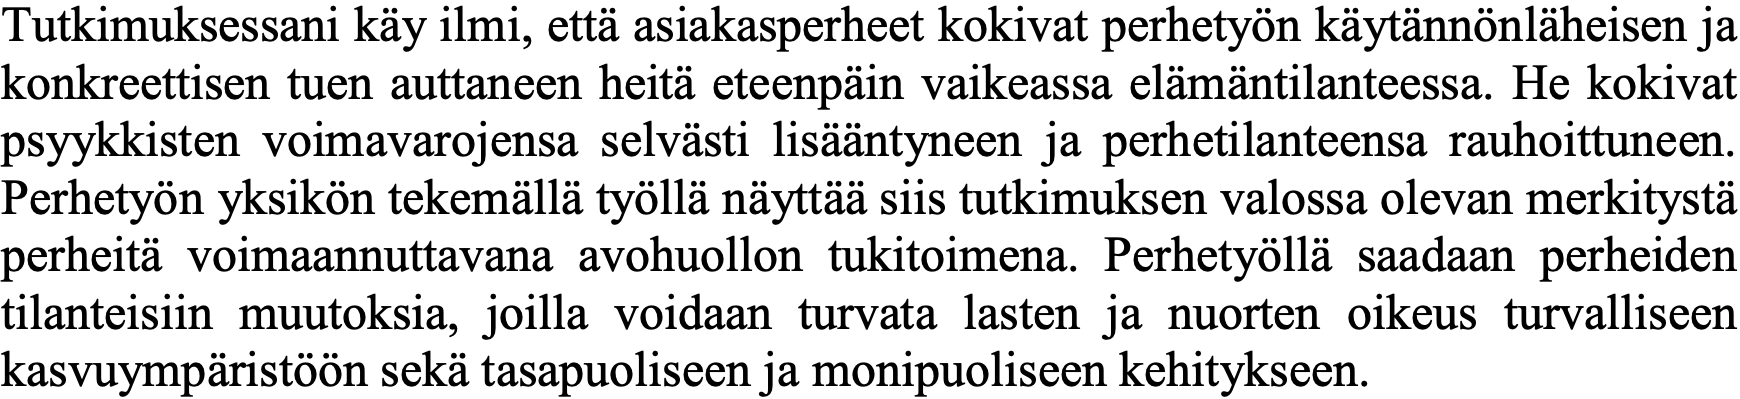
Tutkimuksessani käy ilmi, että asiakasperheet kokivat perhetyön käytännönläheisen ja konkreettisen tuen auttaneen heitä eteenpäin vaikeassa elämäntilanteessa. He kokivat psyykkisten voimavarojensa selvästi lisääntyneen ja perhetilanteensa rauhoittuneen. Perhetyön yksikön tekemällä työllä näyttää siis tutkimuksen valossa olevan merkitystä perheitä voimaannuttavana avohuollon tukitoimena. Perhetyöllä saadaan perheiden tilanteisiin muutoksia, joilla voidaan turvata lasten ja nuorten oikeus turvalliseen kasvuympäristöön sekä tasapuoliseen ja monipuoliseen kehitykseen.